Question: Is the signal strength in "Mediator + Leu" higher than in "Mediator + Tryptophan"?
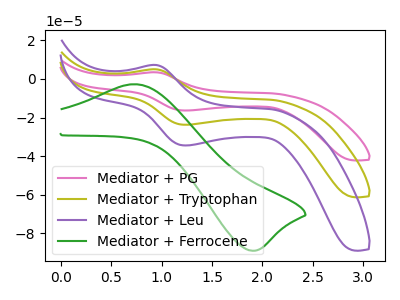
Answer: <think>The pink curve "Mediator + PG" has an anodic peak at (0.95V, 9.90uA) and a cathodic peak at (1.25V, -47.50uA). The olive curve "Mediator + Tryptophan" has an anodic peak at (0.95V, 4.95uA) and a cathodic peak at (1.25V, -23.75uA). The purple curve "Mediator + Leu" has an anodic peak at (0.95V, 7.20uA) and a cathodic peak at (1.25V, -34.45uA). The green curve "Mediator + Ferrocene" has an anodic peak at (0.70V, -2.75uA) and a cathodic peak at (1.90V, -89.00uA).
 All the peaks in "Mediator + Leu" have a peak in "Mediator + Tryptophan" at the same potential. Every peak in "Mediator + Leu" is higher than every peak in "Mediator + Tryptophan".</think>
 <answer>"Mediator + Leu" has more signal than "Mediator + Tryptophan".</answer>
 <eval>more_signal</eval>